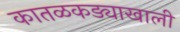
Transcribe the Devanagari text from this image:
कातळकड्याखाली